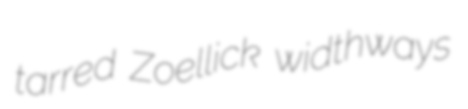
tarred Zoellick widthways